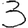
Digit: 3